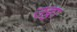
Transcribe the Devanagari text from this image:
उट्ठा